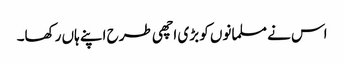
اس نے مسلمانوں کو بڑی اچھی طرح اپنے ہاں رکھا۔